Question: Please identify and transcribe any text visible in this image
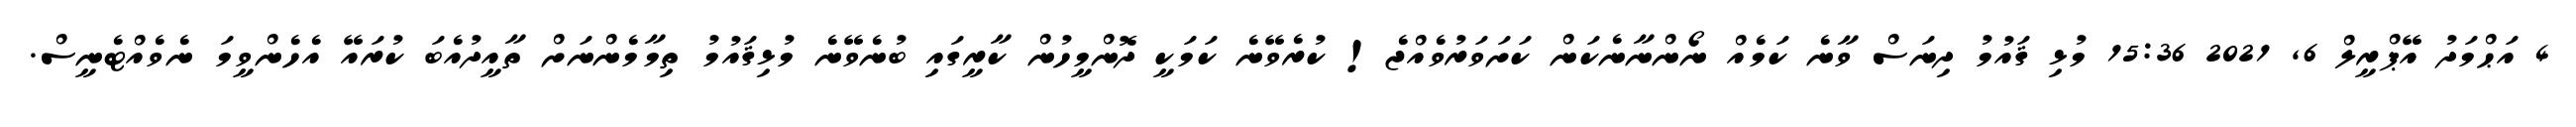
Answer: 4 އަޙްމަދު އޭޕްރީލް 6, 2021 15:36 މުޅި ޤައުމު ދިނަސް ވާނެ ކަމެއް ނޯންނާނެކަން ކަށަވަރުވެއްޖެ! ކުރެވޭނެ ކަމަކީ ދޮންމީހުން ކާރީގައި ބުނެވޭނެ މުޅިޤައުމު ތިމާމެންނަށް ތާއީދުއެބަ ކުރައޭ އެހެންވީމަ ނެވެއްޓެނީސް.